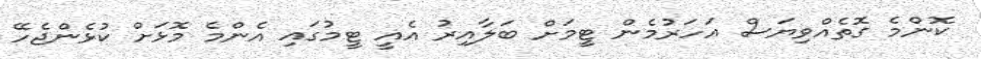
ކޮންމެ ގޮތެއްވިޔަސް އަހަރުމެން ޓީމަށް ބަލާއިރު އެއީ ޓީމުގައި އެންމެ މޮޅަށް ކުޅެންޖެހޭ